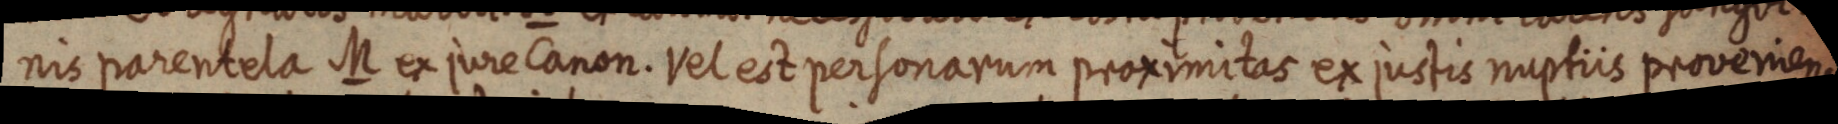
nis parentela M ex jure Canon. Vel est personarum proximitas ex justis nuptiis proveniens